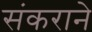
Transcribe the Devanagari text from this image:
संकराने